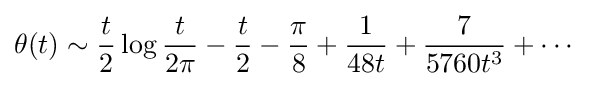
\theta (t)\sim {\frac {t}{2}}\log {\frac {t}{2\pi }}-{\frac {t}{2}}-{\frac {\pi }{8}}+{\frac {1}{48t}}+{\frac {7}{5760t^{3}}}+\cdots